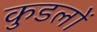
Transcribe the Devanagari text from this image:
कुडलों